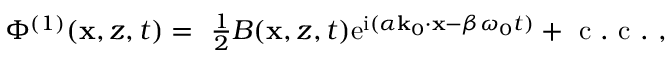
\begin{array} { r } { \Phi ^ { ( 1 ) } ( \mathbf { x } , z , t ) = ~ \frac { 1 } { 2 } B ( \mathbf { x } , z , t ) \mathrm { e } ^ { \mathrm { i } ( \alpha \mathbf { k } _ { 0 } \cdot \mathbf { x } - \beta \omega _ { 0 } t ) } + \mathrm { ~ c ~ . ~ c ~ . ~ } , } \end{array}